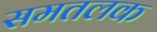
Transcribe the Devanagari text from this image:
समतलक